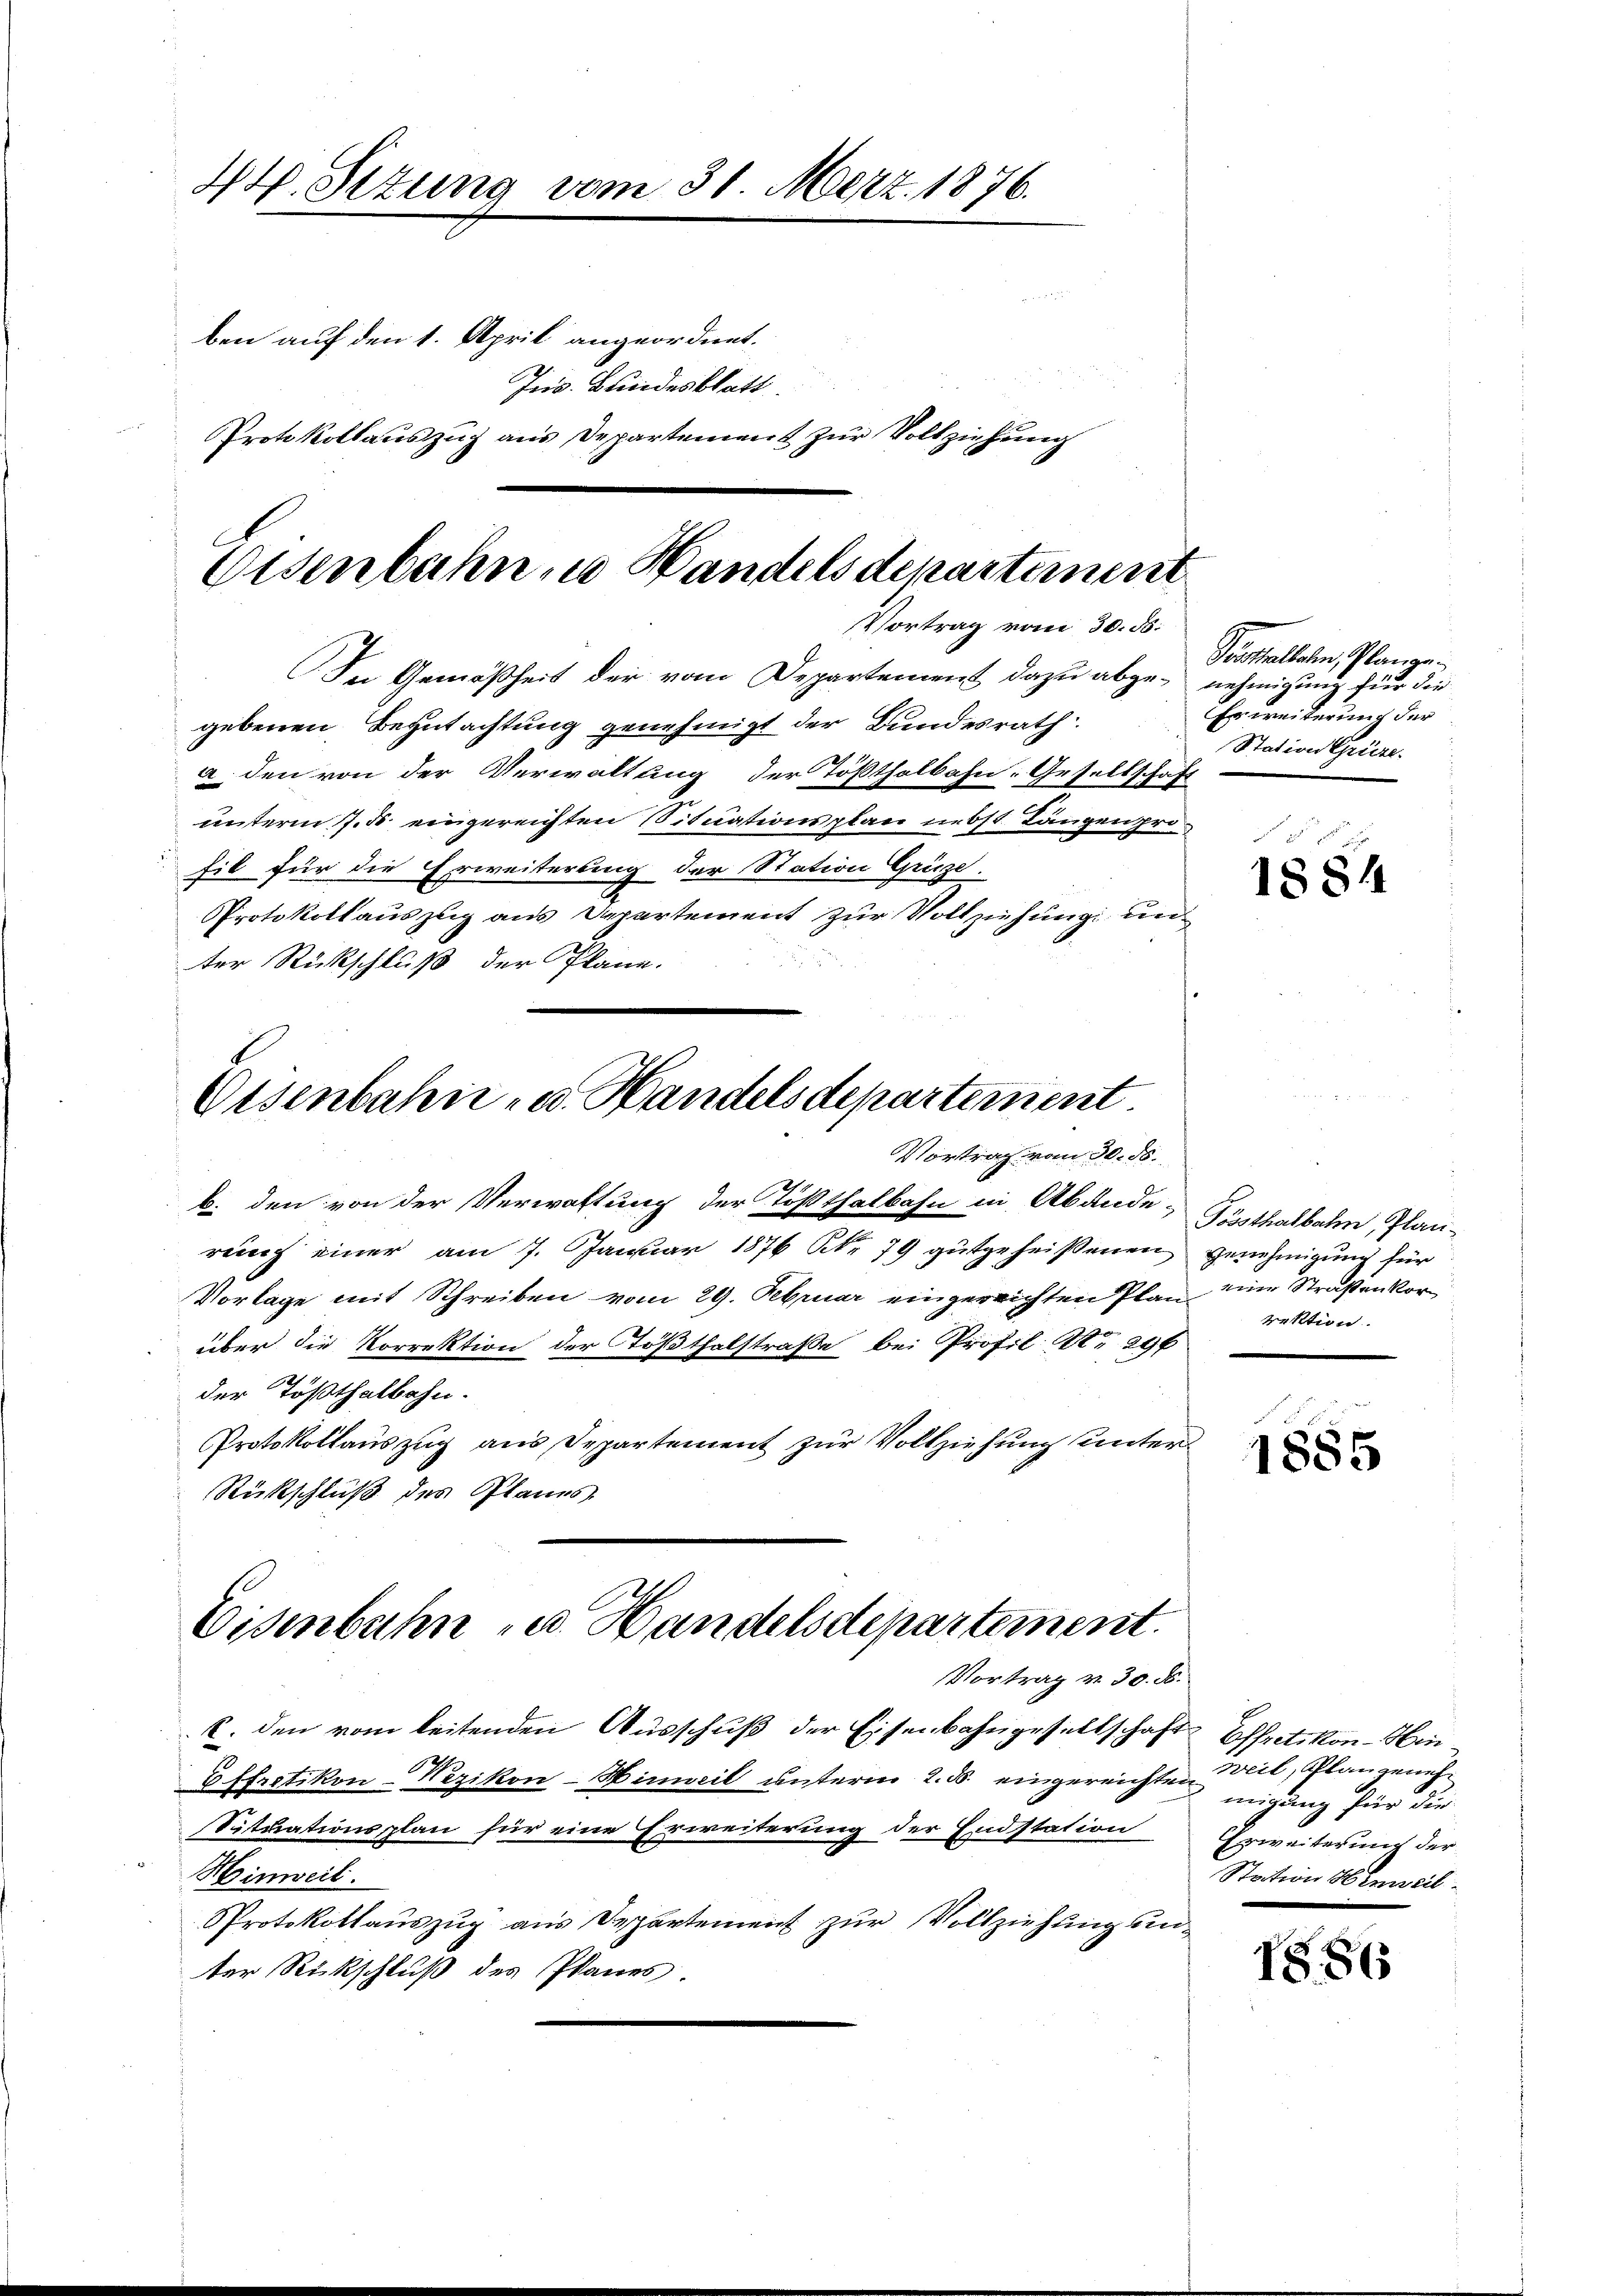
44. Stzung vom 31. März. 1876.
ben auf den 1. April angeordnet.
Jus. Bundesblatt
Protokollauszug aus Departement zur Vollziehung

Eisenbahn zu Handelsdepartement
Vortrag vom 30. 55.
In Gemäßheit der vom Departement dazu abge-nehmigung für die
gebenen Begutachtung genehmigt der Bundesrath
a. den von der Verwaltung der Tößthalbahn- Gesellschaft

unterm 7. ds eingereichten Situationsplan nebst Längen profil für die Erweiterung der Station Grüze.
Protokollauszug aus Departement zur Vollziehung un
ter Rückschluß der Plane.
Eisenbahn- u. Handelsdepartement.

Vortrag vom 30. ds.

b. den von der Verwaltung der Tößthalbahn in Abände-
reich einer am 7. Januar 1876 Nr. 79 gutgeheißenen Genehmigung für
Vorlage mit Schreiben vom 29. Februar eingereichten Plan eine Straßen Vorüber die Korrektion der Tößthalstraße bei Profil Nr. 296
der Tößthalbahn.
Protokollauszug aus Departement zur Vollziehung unter¬
Rückschluß des Planes.

Eisenbahn u. Handelsdepartement.
Vortrag v. 30. ds.

C. den vom leitenden Ausschuß der Eisenbahngesellschaft Effretikon - Hin¬
Effretikon-Wezikon–Hinweil unterm 2. ds. eingereichten migung für die
stituationsplan für eine Erweiterung der Endstation
Hinweil.
Protokollauszug aus Departement zur Vollziehung unter Rückschluß des Planes.

Prasthalten, Planze
Es weiterung der
Station Grüze.

5 f
1884

Pössthalbahn, Planrektion.

1885

weil, Plangeneh¬
Erweiterung der
Station Hinweil

1886